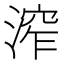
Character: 𣹧